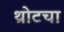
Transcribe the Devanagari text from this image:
थ्रोटचा